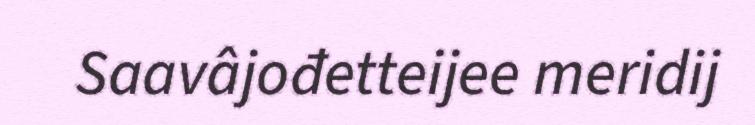
Saavâjođetteijee meridij